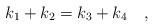
LaTeX: \begin{align*} k_1 + k_2 = k_3 + k_4 \quad ,\end{align*}